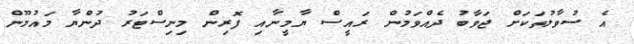
އެ ސުވާލުތަކަށް ޖަވާބު ދެއްވަމުން ރައީސް ޔާމީނާއި ފޮރިން މިނިސްޓަރު ދުންޔާ މައުމޫން